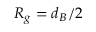
R _ { g } = d _ { B } / 2